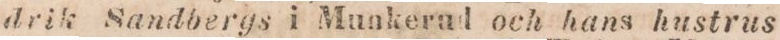
drik Sandbergs i Munkerad och hans hustrus